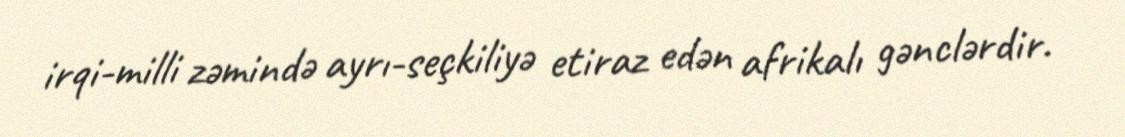
irqi-milli zəmində ayrı-seçkiliyə etiraz edən afrikalı gənclərdir.